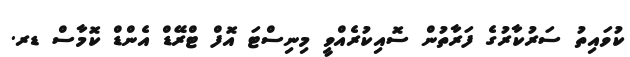
ކުވައިތު ސަރުކާރުގެ ފަރާތުން ސޮއިކުރެއްވީ މިނިސްޓަ އޮފް ޓްރޭޑް އެންޑް ކޮމާސް ޑރ.